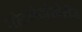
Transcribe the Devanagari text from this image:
पोटभेदांखेरीज